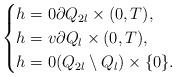
LaTeX: \begin{align*}\begin{cases} h = 0 \partial Q_{2l} \times (0,T),\\h = v \partial Q_{l} \times (0,T),\\h = 0 ( Q_{2l} \setminus Q_{l}) \times \{0\}.\end{cases}\end{align*}